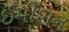
ઈમીશન